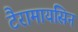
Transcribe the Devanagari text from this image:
टैरामायसिन